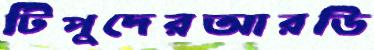
টিপুদেরআরডি